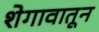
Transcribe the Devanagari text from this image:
शेगावातून